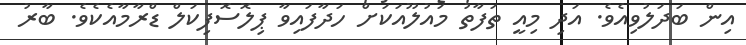
އިން ބަދަލުވިއެވެ. އަދި މިއީ ތަފާތު މައުލޫއަކަށް ހަދާފައިވާ ޕިލޮސޮފިކަލް ޑްރާމާއެކެވެ. ބާރު